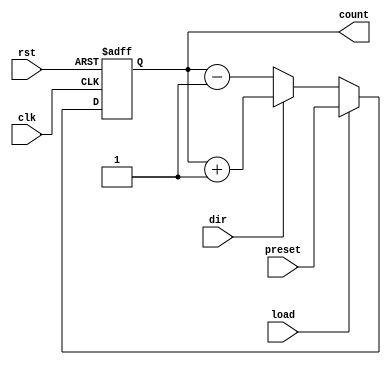
module SynchronousLoadCounter (
    input wire clk,          // Clock signal
    input wire rst,          // Asynchronous active-high reset
    input wire load,         // Load control signal
    input wire dir,          // Direction control signal (1 for up, 0 for down)
    input wire [7:0] preset, // Preset value (8-bit wide)
    output reg [7:0] count   // Current count value (8-bit wide)
);

// Asynchronous reset
always @(posedge clk or posedge rst) begin
    if (rst) begin
        count <= 8'b0; // Reset count to zero
    end else if (load) begin
        count <= preset; // Load preset value into count
    end else begin
        // Counting operation
        if (dir) begin
            count <= count + 1; // Increment count
        end else begin
            count <= count - 1; // Decrement count
        end
    end
end

endmodule